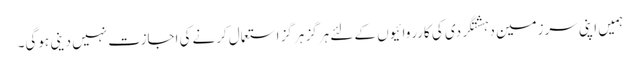
ہمیں اپنی سرزمین دہشتگردی کی کارروائیوں کے لئے ہرگز ہرگز استعمال کرنےکی اجازت نہیں دینی ہوگی۔